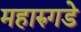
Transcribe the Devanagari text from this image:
महारुगडे